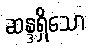
ဆန္ဒရှိသော